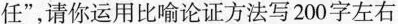
任”，请你运用比喻论证方法写200字左右